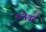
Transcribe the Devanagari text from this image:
तलैवन